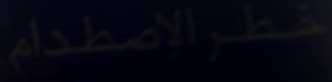
خطر-الاصطدام